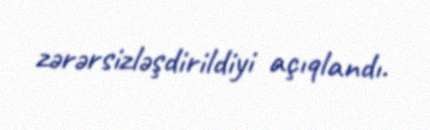
zərərsizləşdirildiyi açıqlandı.